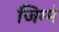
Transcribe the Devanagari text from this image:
जिम्‍मे